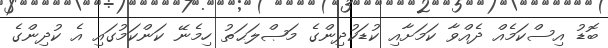
ބޮޑު އިސްކަމެއް ދެއްވާ ކަމަށާއި ކުޑަކުދިންގެ މަޞްލަޙަތު ހިމެނޭ ކަންކަމުގައި އެ ކުދިންގެ